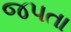
જપતા